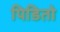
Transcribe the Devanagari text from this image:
पिडितो